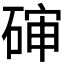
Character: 𰧊